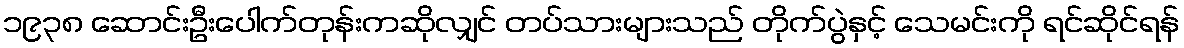
၁၉၃၈ ဆောင်းဦးပေါက်တုန်းကဆိုလျှင် တပ်သားများသည် တိုက်ပွဲနှင့် သေမင်းကို ရင်ဆိုင်ရန်